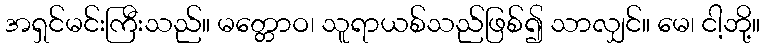
အရှင်မင်းကြီးသည်။ မတ္တောဝ၊ သူရာယစ်သည်ဖြစ်၍ သာလျှင်။ မေ၊ ငါ့ဘို့။